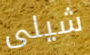
شيلى